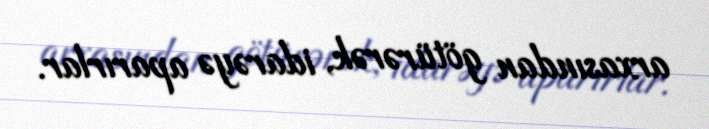
arxasından götürərək, idarəyə aparırlar.